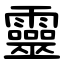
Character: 靈